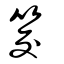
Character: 筊